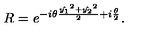
R = e ^ { - i \theta \frac { \hat { y _ { 1 } } ^ { 2 } + \hat { y _ { 2 } } ^ { 2 } } { 2 } + i \frac { \theta } { 2 } } .